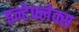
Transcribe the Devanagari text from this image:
इन्टेफ्लेक्स